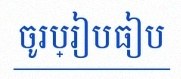
ចូរប្រៀបធៀប